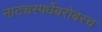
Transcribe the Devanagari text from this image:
नाट्यस्पर्धेबरोबरच